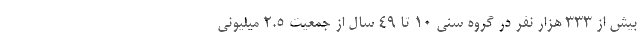
بیش از ۳۳۳ هزار نفر در گروه سنی ۱۰ تا ۴۹ سال از جمعیت ۲.۵ میلیونی